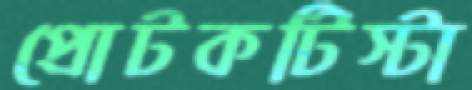
প্রোটকটিস্টা